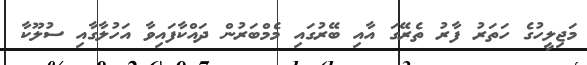
މަޖިލީހުގެ ހަތަރު ފާރު ތެރޭގަ އާއި ބޭރުގައި މެމްބަރުން ދައްކާފައިވާ އަހުލާގާއި ސުލޫކާ